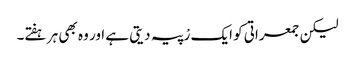
لیکن جمعراتی کو ایک رْپیہ دیتی ہے اور وہ بھی ہر ہفتے۔